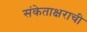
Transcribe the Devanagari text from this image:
संकेताक्षराची